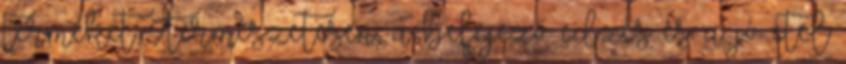
terméket. Természetesen, a befejező edzés és a jó étel